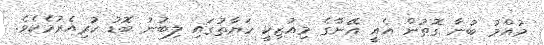
މުއްމު ބުނާ ގޮތުން އެއީ އޭނާގެ މިއުޒިކީ ހަޔާތުގައި ލިބުނު ބޮޑު ކުރިއެރުމެކެވެ.